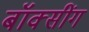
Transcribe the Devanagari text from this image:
बॉक्सींग